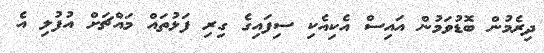
ދިރެމުން ބޮޑުވަމުން އައިސް އެކިއެކި ސިފައިގެ ގިރި ފަޅުތައް މައްޗަށް އުފުލި އެ